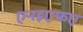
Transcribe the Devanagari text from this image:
एनइएफए